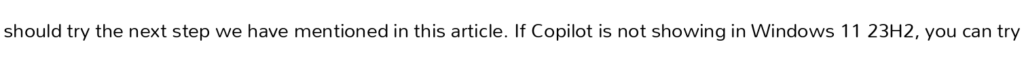
should try the next step we have mentioned in this article. If Copilot is not showing in Windows 11 23H2, you can try